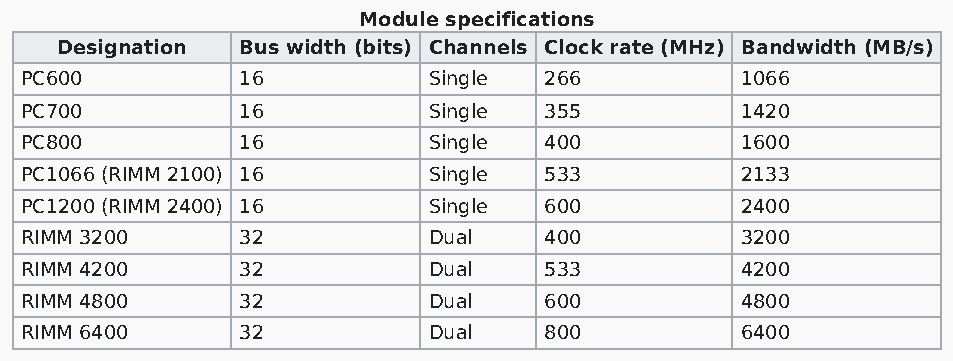
Module specifications
 Designation Bus width (bits) Channels Clock rate (MHz) Bandwidth (MB/s)
 PC600          16          Single  266          1066
 PC700          16          Single  355          1420
 PC800          16          Single  400          1600
 PC1066 (RIMM 2100) 16      Single  533          2133
 PC1200 (RIMM 2400) 16      Single  600          2400
 RIMM 3200      32          Dual    400          3200
 RIMM 4200      32          Dual    533          4200
 RIMM 4800      32          Dual    600          4800
 RIMM 6400      32          Dual    800          6400